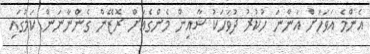
އެންމެ އަވަހަށް އަންނަ ހުކުރު ދުވަހަކު ޝާއިން މެންގެއަށް ރޮޒޭން ގެންނާނަން ކަމުގައި